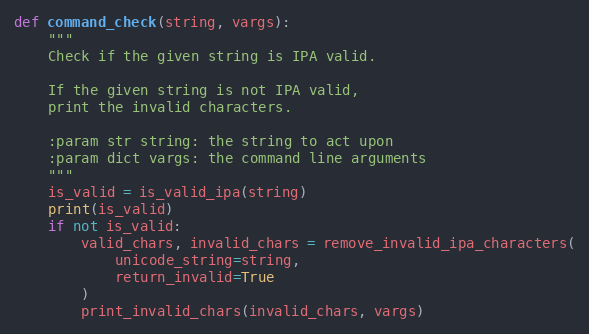
Language: Python
def command_check(string, vargs):
    """
    Check if the given string is IPA valid.

    If the given string is not IPA valid,
    print the invalid characters.

    :param str string: the string to act upon
    :param dict vargs: the command line arguments
    """
    is_valid = is_valid_ipa(string)
    print(is_valid)
    if not is_valid:
        valid_chars, invalid_chars = remove_invalid_ipa_characters(
            unicode_string=string,
            return_invalid=True
        )
        print_invalid_chars(invalid_chars, vargs)